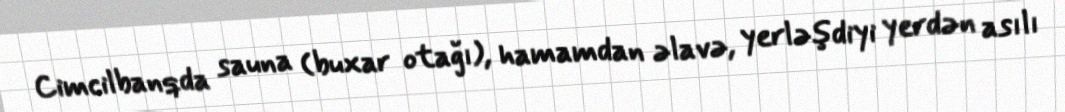
Cimcilbanqda sauna (buxar otağı), hamamdan əlavə, yerləşdiyi yerdən asılı